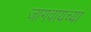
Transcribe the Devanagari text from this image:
जागवायच्या